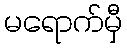
မရောက်မှီ